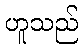
ဟူသည်